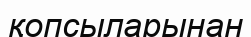
қопсыларынан